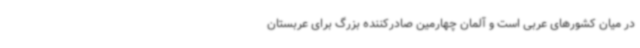
در میان کشورهای عربی است و آلمان چهارمین صادرکننده بزرگ برای عربستان